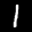
Label: 1